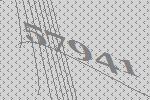
57941